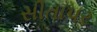
સીતાપર